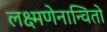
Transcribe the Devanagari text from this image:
लक्ष्मणेनान्वितो